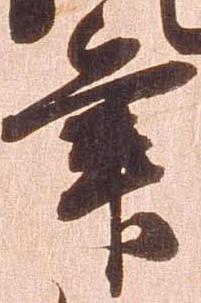
筆